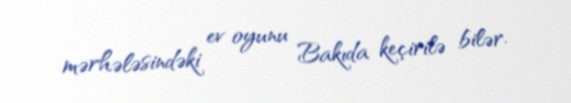
mərhələsindəki ev oyunu Bakıda keçirilə bilər.